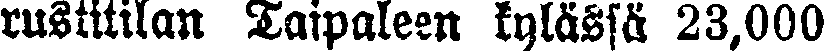
rustitilan Taipaleen kylässä 23,000